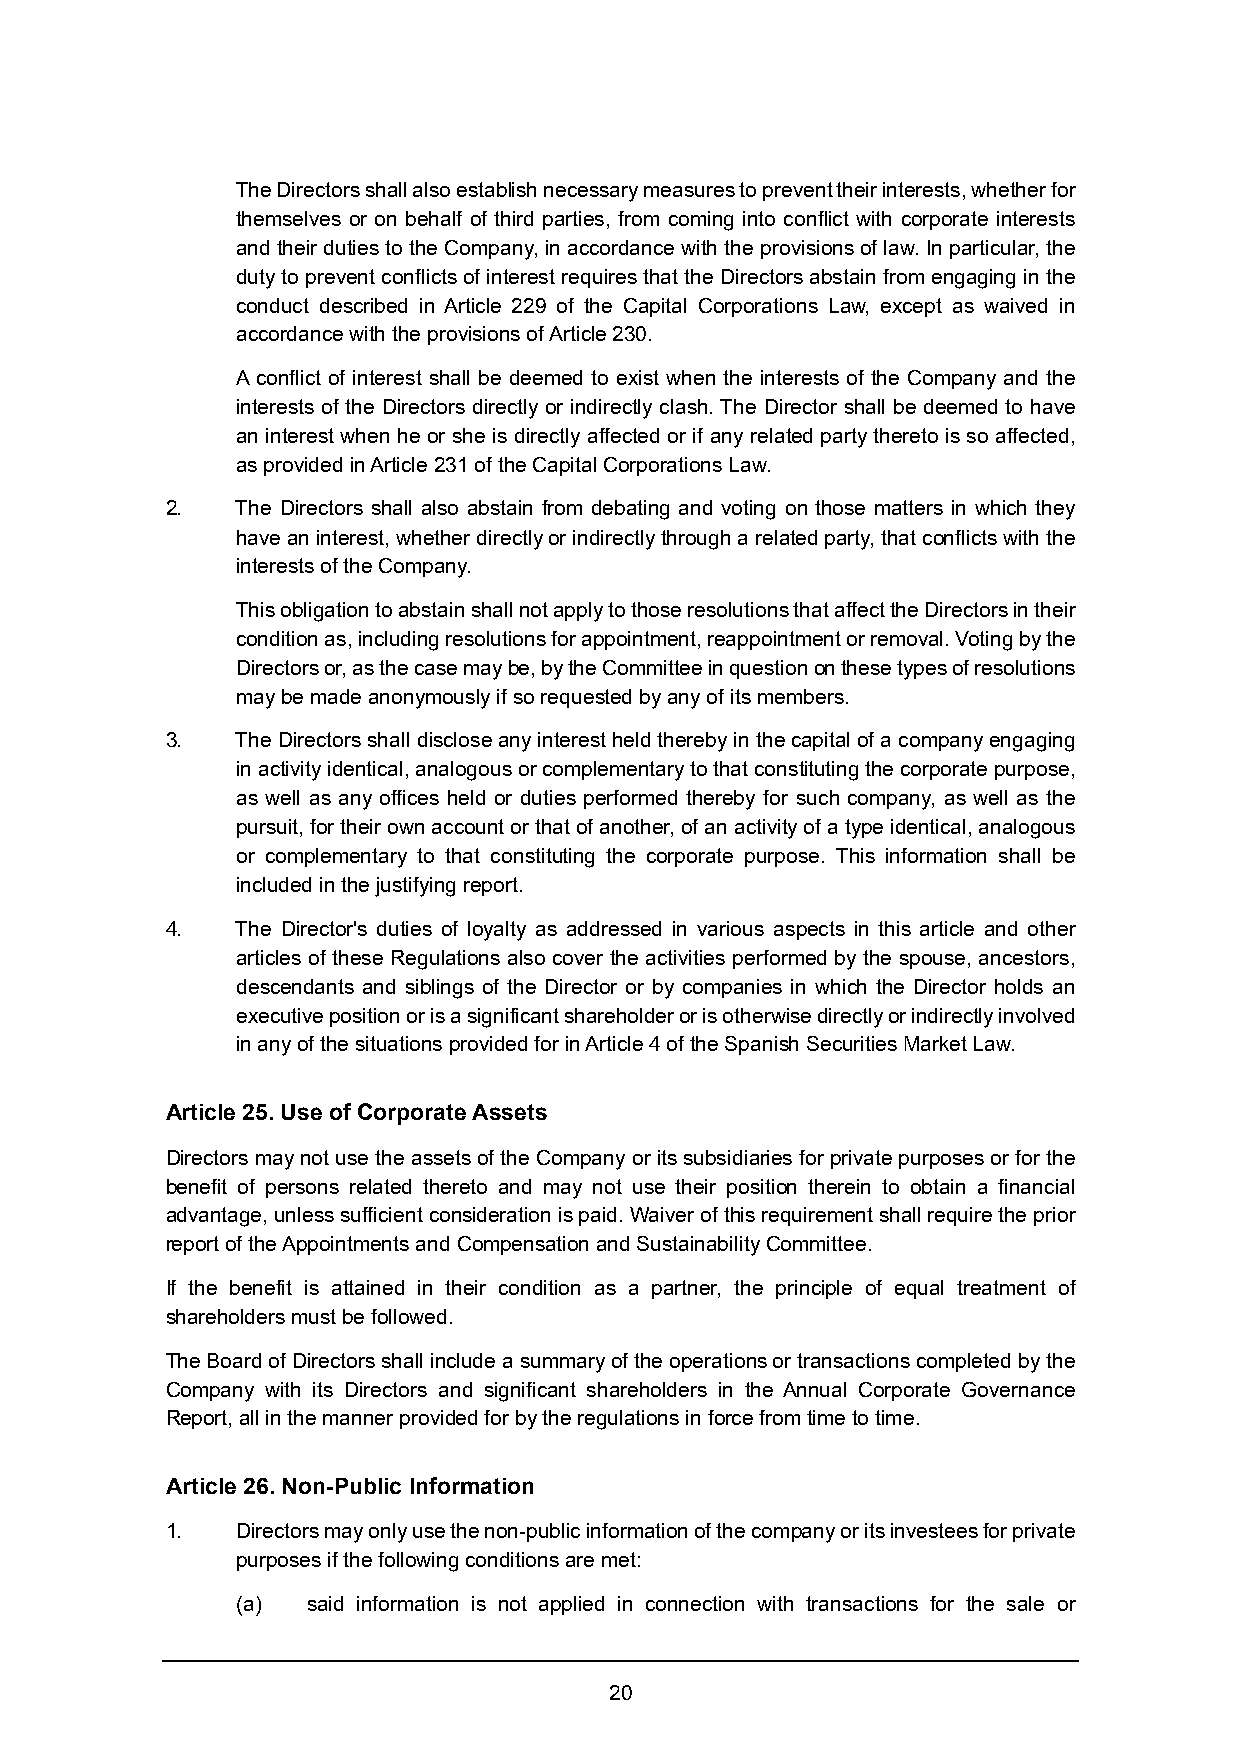
The Directors shall also establish necessary measures to prevent their interests, whether for
 themselves or on behalf of third parties, from coming into conflict with corporate interests
 and their duties to the Company, in accordance with the provisions of law. In particular, the
 duty to prevent conflicts of interest requires that the Directors abstain from engaging in the
 conduct described in Article 229 of the Capital Corporations Law, except as waived in
 accordance with the provisions of Article 230.
 A conflict of interest shall be deemed to exist when the interests of the Company and the
 interests of the Directors directly or indirectly clash. The Director shall be deemed to have
 an interest when he or she is directly affected or if any related party thereto is so affected,
 as provided in Article 231 of the Capital Corporations Law.
 2.   The Directors shall also abstain from debating and voting on those matters in which they
 have an interest, whether directly or indirectly through a related party, that conflicts with the
 interests of the Company.
 This obligation to abstain shall not apply to those resolutions that affect the Directors in their
 condition as, including resolutions for appointment, reappointment or removal. Voting by the
 Directors or, as the case may be, by the Committee in question on these types of resolutions
 may be made anonymously if so requested by any of its members.
 3.   The Directors shall disclose any interest held thereby in the capital of a company engaging
 in activity identical, analogous or complementary to that constituting the corporate purpose,
 as well as any offices held or duties performed thereby for such company, as well as the
 pursuit, for their own account or that of another, of an activity of a type identical, analogous
 or complementary to that constituting the corporate purpose. This information shall be
 included in the justifying report.
 4.   The Director's duties of loyalty as addressed in various aspects in this article and other
 articles of these Regulations also cover the activities performed by the spouse, ancestors,
 descendants and siblings of the Director or by companies in which the Director holds an
 executive position or is a significant shareholder or is otherwise directly or indirectly involved
 in any of the situations provided for in Article 4 of the Spanish Securities Market Law.
 Article 25. Use of Corporate Assets
 Directors may not use the assets of the Company or its subsidiaries for private purposes or for the
 benefit of persons related thereto and may not use their position therein to obtain a financial
 advantage, unless sufficient consideration is paid. Waiver of this requirement shall require the prior
 report of the Appointments and Compensation and Sustainability Committee.
 If the benefit is attained in their condition as a partner, the principle of equal treatment of
 shareholders must be followed.
 The Board of Directors shall include a summary of the operations or transactions completed by the
 Company with its Directors and significant shareholders in the Annual Corporate Governance
 Report, all in the manner provided for by the regulations in force from time to time.
 Article 26. Non-Public Information
 1.   Directors may only use the non-public information of the company or its investees for private
 purposes if the following conditions are met:
 (a) said information is not applied in connection with transactions for the sale or
 20